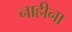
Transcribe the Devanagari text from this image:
नाहीना